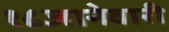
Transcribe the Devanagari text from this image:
१८जानेवारी